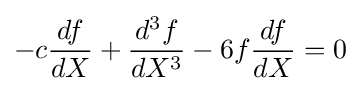
-c{\frac {df}{dX}}+{\frac {d^{3}f}{dX^{3}}}-6f{\frac {df}{dX}}=0